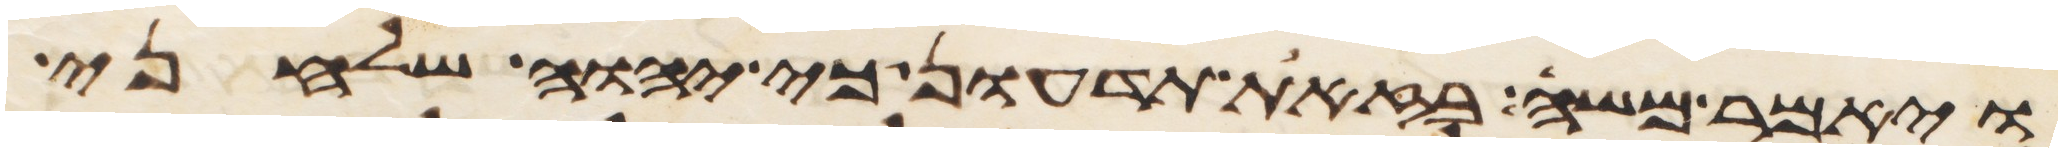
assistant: ויאמר משה בזאת תדעון כי יהוה שלחני